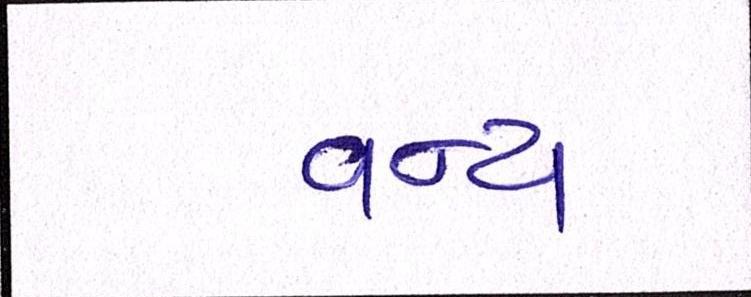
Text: વન્ય